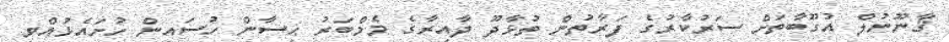
ޤާނޫނުލް އުގޫބާތަށް ސަރުކާރުގެ ފަރާތުން ތުޅާދޫ ދާއިރާގެ މެމްބަރު ޙިސާން ހުސައިން ހުށައެޅުއްވި